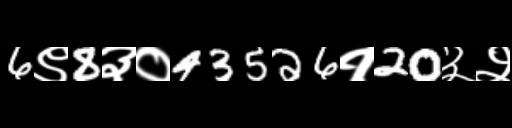
Text: 6९8३०43526१20३२